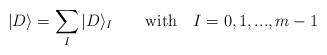
LaTeX: \begin{align*}|D\rangle = \sum_I |D\rangle_I \qquad \mbox{with}\quad I=0,1,..., m-1\end{align*}